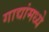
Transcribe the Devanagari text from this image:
गाद्यांमध्ये